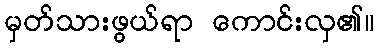
မှတ်သားဖွယ်ရာ ကောင်းလှ၏။